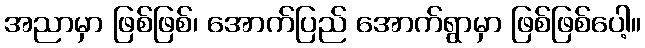
အညာမှာ ဖြစ်ဖြစ်၊ အောက်ပြည် အောက်ရွာမှာ ဖြစ်ဖြစ်ပေါ့။